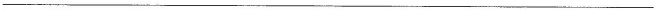
___